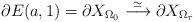
LaTeX: \begin{align*}\partial E(a,1) = \partial X_{\Omega_0} \stackrel{\simeq}{\longrightarrow} \partial X_{\Omega_\tau}\end{align*}